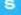
S